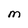
Character: m